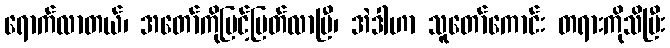
ရောက်လာတယ်၊ အတော်ကိုမြင့်မြတ်လာပြီ၊ အဲဒါဟာ သူတော်ကောင်း တရားကိုသိပြီး